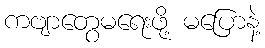
ကဗျာတွေမရေးဖို့ မပြောနဲ့